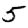
Digit: 5